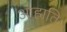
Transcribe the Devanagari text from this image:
आहाति